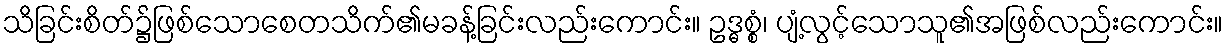
သိခြင်းစိတ်၌ဖြစ်သောစေတသိက်၏မခန့်ခြင်းလည်းကောင်း။ ဥဒ္ဓစ္စံ၊ ပျံ့လွင့်သောသူ၏အဖြစ်လည်းကောင်း။